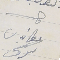
مطانيوس سركىس